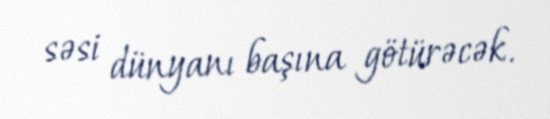
səsi dünyanı başına götürəcək.